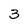
Character: 3